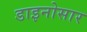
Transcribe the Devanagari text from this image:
डाइनोसार